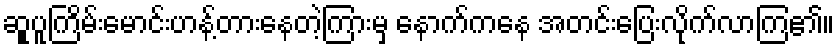
ဆူုပူကြိမ်းမောင်းဟန့်တားနေတဲ့ကြားမှ နောက်ကနေ အတင်းပြေးလိုက်လာကြ၏။